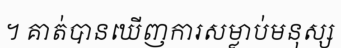
។ គាត់បានឃើញការសម្លាប់មនុស្ស